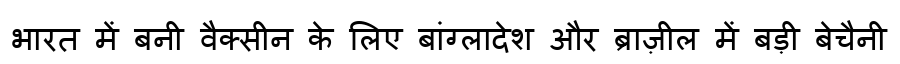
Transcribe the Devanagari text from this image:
भारत में बनी वैक्सीन के लिए बांग्लादेश और ब्राज़ील में बड़ी बेचैनी